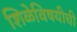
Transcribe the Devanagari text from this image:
शिळेविषयीची